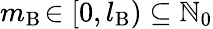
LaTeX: m_{\mathrm{B}}\! \in[0,l_{\mathrm{B}})\subseteq\mathbb{N}_{0}